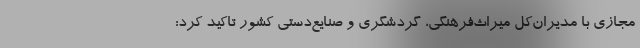
مجازی با مدیران‌کل میراث‌فرهنگی، گردشگری و صنایع‌دستی کشور تاکید کرد: